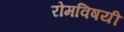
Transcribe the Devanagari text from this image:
रोमविषयी